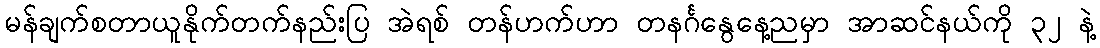
မန်ချက်စတာယူနိုက်တက်နည်းပြ အဲရစ် တန်ဟက်ဟာ တနင်္ဂနွေနေ့ညမှာ အာဆင်နယ်ကို ၃၂ နဲ့